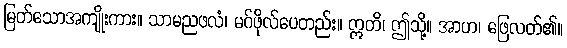
မြတ်သောအကျိုးကား။ သာမညဖလံ၊ မဂ်ဖိုလ်ပေတည်း။ ဣတိ၊ ဤသို့။ အာဟ၊ ဖြေလတ်၏။